Report on vaccination in the Province of Bengal - 1874-1889
Year: 1874
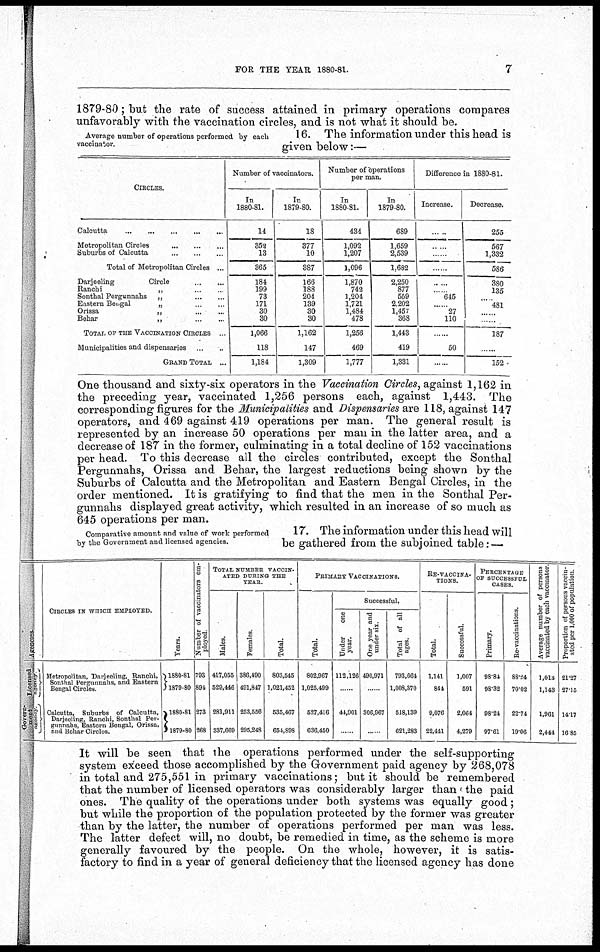
FOR THE YEAR 1880-81.
7
1879-80; but the rate of success attained in primary operations compares
unfavorably with the vaccination circles, and is not what it should be.
Average number of operations performed by each
vaccinator.
16. The information under this head is
given below:—
One thousand and sixty-six operators in the Vaccination Circles, against 1,162 in
the preceding year, vaccinated 1,256 persons each, against 1,443. The
corresponding figures for the Municipalities and Dispensaries are 118, against 147
operators, and 469 against 419 operations per man. The general result is
represented by an increase 50 operations per man in the latter area, and a
decrease of 187 in the former, culminating in a total decline of 152 vaccinations
per head. To this decrease all the circles contributed, except the Sonthal
Pergunnahs, Orissa and Behar, the largest reductions being shown by the
Suburbs of Calcutta and the Metropolitan and Eastern Bengal Circles, in the
order mentioned. It is gratifying to find that the men in the Sonthal Per-
gunnahs displayed great activity, which resulted in an increase of so much as
645 operations per man.
Comparative amount and value of work performed
by the Government and licensed agencies.
17. The information under this head will
be gathered from the subjoined table: —
Agencies.
Licensed
agency
Govern-
ment
agency
CIRCLES IN WHICH EMPLOYED.
Metropolitan, Darjeeling, Ranchi,
Sonthal Pergunnahs, and Eastern
Bengal Circles.
Calcutta, Suburbs of Calcutta,
Darjeeling, Ranchi, Sonthal Per-
gunnabs, Eastern Bengal, Orissa,
and Behar Circles.
Years.
1880-81
1879-80
1880-81
1879-80
Number of vaccinators em-
ployed.
793
891
273
268
TOTAL NUMBER VACCIN-
---- DURING THE
TEAS.
Males.
417,055
529,446
281,911
837,669
Females.
386,490
491,847
253,556
295,248
Total.
803,545
1,021,452
635,467
654,898
PRIMARY VACCINATIONS.
Total.
802,967
1,025,499
527,416
636,450
Successful.
Under
one
year.
112,126
......
41,901
......
One year and
under six.
490,971
......
306,967
......
Total of all
ages.
793,664
1,008,370
518,139
621,283
RE-VACCINA-
-----.
Total.
1,141
844
9,076
22,441
Successful.
1,007
591
2,064
4,279
PERCENTAGE
OF SUCCESSFUL
CASES.
Primary.
98.84
93.32
98.24
97.61
Re-vaccinations.
88.24
70.02
22.74
19.06
Average number of persons
vaccinated by each vaccinator.
1,018
1,143
1,961
2,444
Proportion of persons vaccin-
ated per 1,000 of population
21.27
27.15
14.17
16.85
It will be seen that the operations performed under the self-supporting
system exceed those accomplished by the Government paid agency by 268,078
in total and 275,551 in primary vaccinations; but it should be remembered
that the number of licensed operators was considerably larger than the paid
ones. The quality of the operations under both systems was equally good ;
but while the proportion of the population protected by the former was greater
than by the latter, the number of operations performed per man was less.
The latter defect will, no doubt, be remedied in time, as the scheme is more
generally favoured by the people. On the whole, however, it is satis-
factory to find in a year of general deficiency that the licensed agency has done